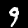
Digit: 9